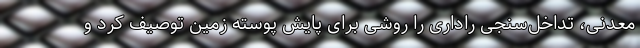
معدنی، تداخل‌سنجی راداری را روشی برای پایش پوسته زمین توصیف کرد و